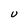
Character: U